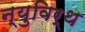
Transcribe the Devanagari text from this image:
न्युविर्थ